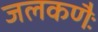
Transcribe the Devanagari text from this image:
जलकणैः